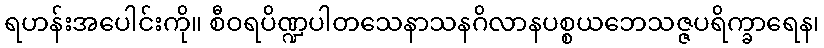
ရဟန်းအပေါင်းကို။ စီဝရပိဏ္ဍပါတသေနာသနဂိလာနပစ္စယဘေသဇ္ဇပရိက္ခာရေန၊